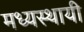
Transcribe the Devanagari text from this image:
मध्यस्थायी